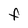
Character: F